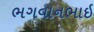
ભગવાનભાઇ